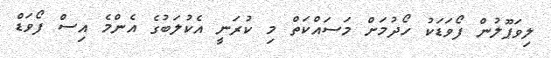
ލިވަޕޫލުން ފޯވަޑަކު ހޯދުމަށް މަސައްކަތް މި ކުރަނީ އެކުލަބުގެ އެންމެ އިސް ފޯވަޑް